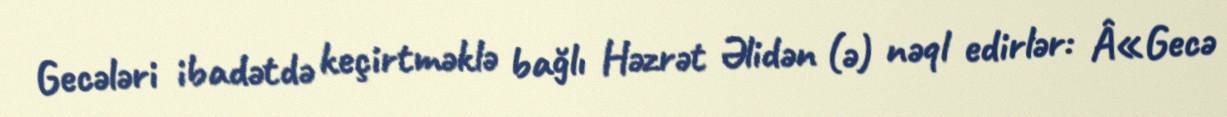
Gecələri ibadətdə keçirtməklə bağlı Həzrət Əlidən (ə) nəql edirlər: Â«Gecə